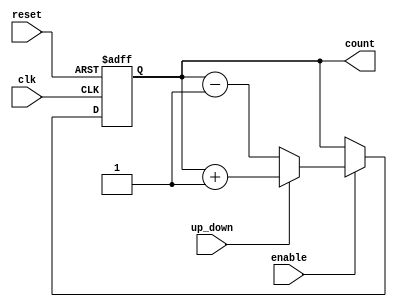
module up_down_counter #(
    parameter N = 4  // Parameter for the bit-width of the counter
)(
    input wire clk,           // Clock signal
    input wire reset,         // Asynchronous reset signal
    input wire up_down,       // Control signal for counting direction
    input wire enable,        // Control signal to enable counting
    output reg [N-1:0] count  // Current count value
);

    // Asynchronous reset
    always @(posedge clk or posedge reset) begin
        if (reset) begin
            count <= 0;  // Reset the counter to zero
        end else if (enable) begin
            if (up_down) begin
                // Count up
                count <= count + 1;
            end else begin
                // Count down
                count <= count - 1;
            end
        end
    end

endmodule